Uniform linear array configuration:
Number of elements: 24
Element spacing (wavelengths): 1
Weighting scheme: kaiser
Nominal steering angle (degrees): -45
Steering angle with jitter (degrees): -46.95
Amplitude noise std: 0.05
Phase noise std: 0.05

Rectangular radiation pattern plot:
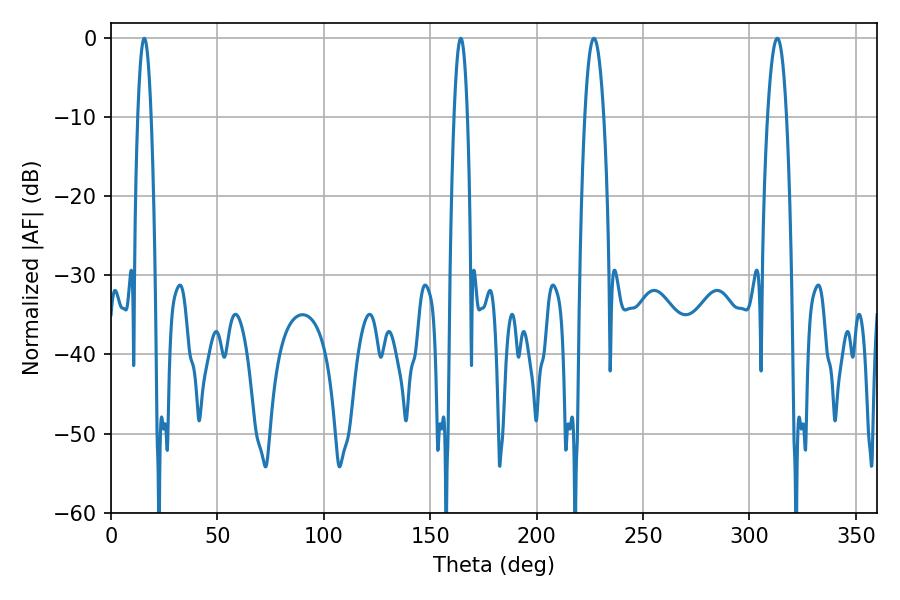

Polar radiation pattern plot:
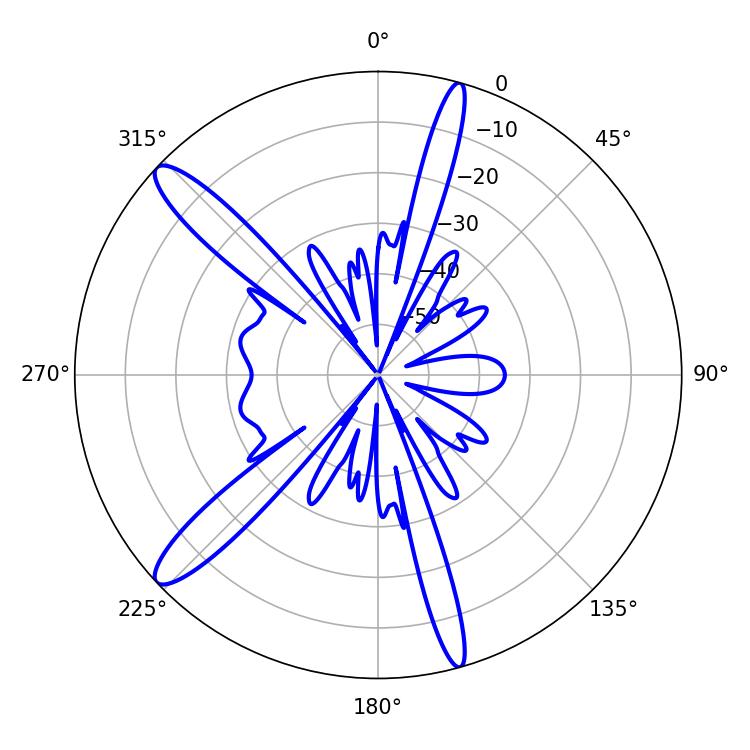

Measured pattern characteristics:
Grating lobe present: TRUE
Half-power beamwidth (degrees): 3.42
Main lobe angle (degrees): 15.66